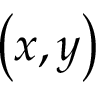
\left( x , y \right)